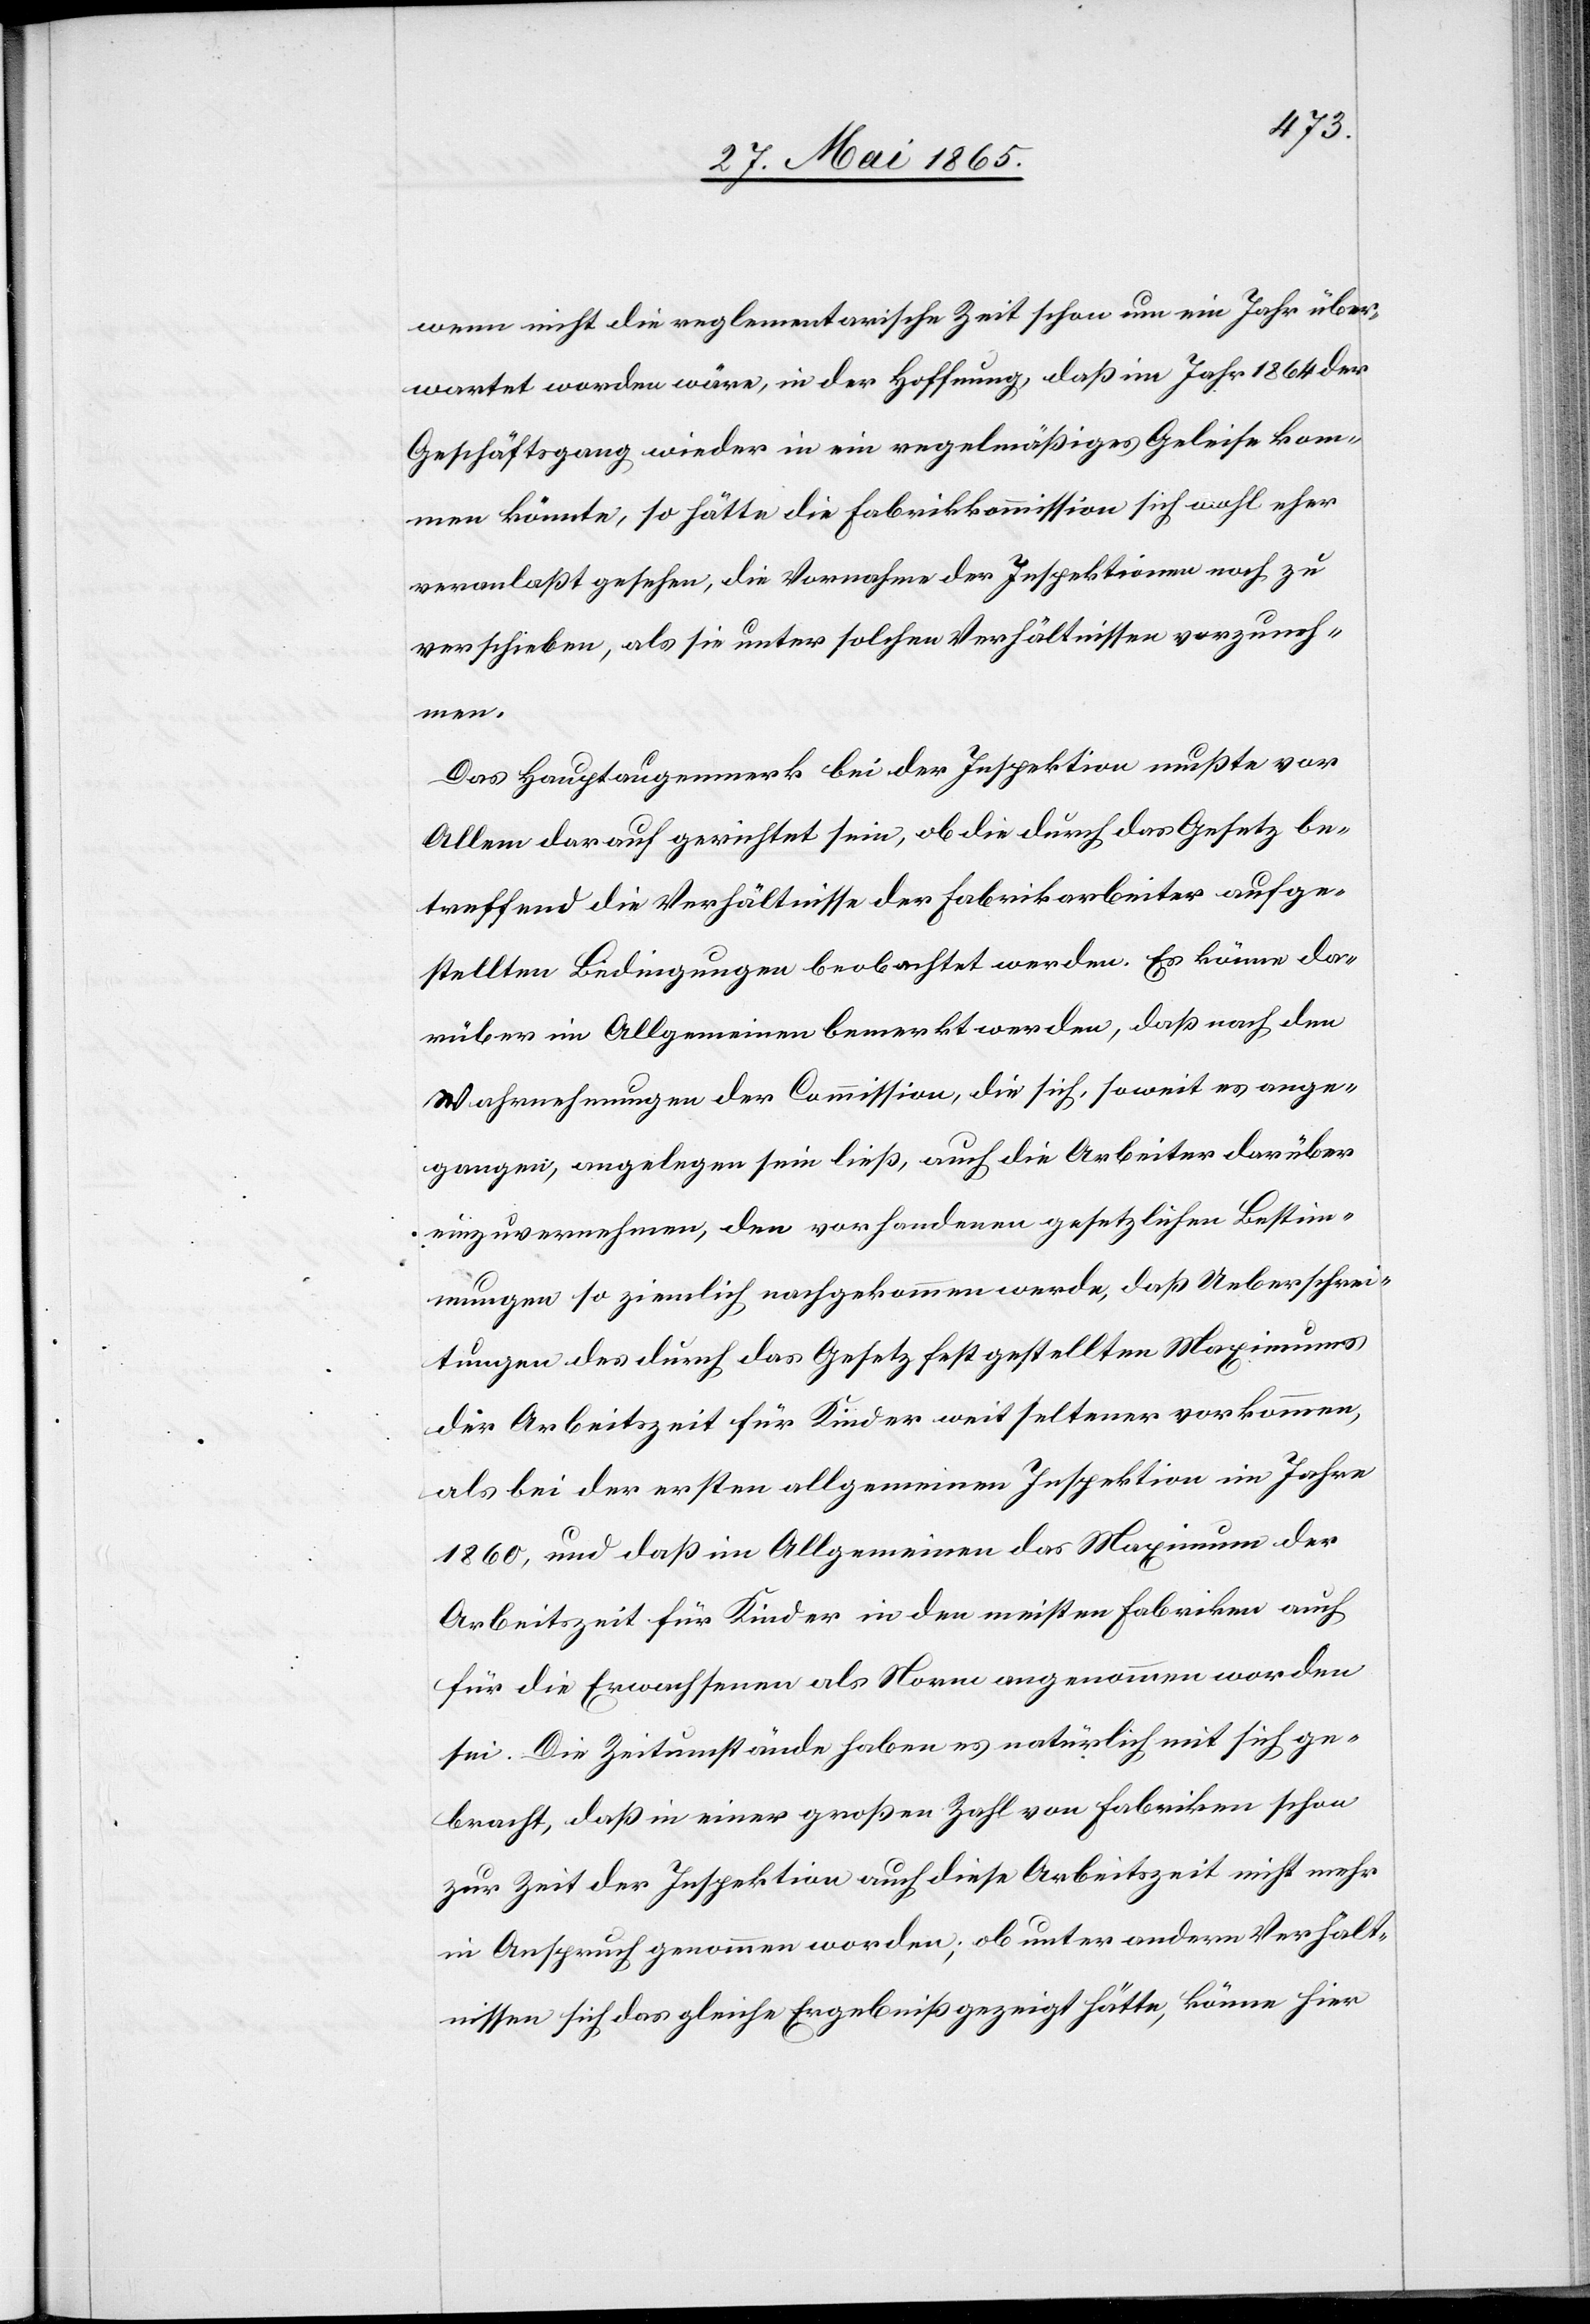
wenn nicht die reglementarische Zeit schon um ein Jahr über¬
wartet worden wäre, in der Hoffnung, daß im Jahr 1864 der
Geschäftsgang wieder in ein regelmäßiges Geleise kom¬
men könnte, so hätte die Fabrikkommission sich wohl eher
veranlaßt gesehen, die Vornahme der Inspektionen noch zu
verschieben, als sie unter solchen Verhältnissen vorzuneh¬
men.
Das Hauptaugenmerk bei der Inspektion mußte vor
Allem darauf gerichtet sein, ob die durch das Gesetz be¬
treffend die Verhältnisse der Fabrikarbeiter aufge¬
stellten Bedingungen beobachtet werden. Es könne da¬
rüber im Allgemeinen bemerkt werden, daß nach den
Wahrnehmungen der Commission, die sich, soweit es ange¬
gangen, angelegen sein ließ, auch die Arbeiter darüber
einzuvernehmen, den vorhandenen gesetzlichen Bestim¬
mungen so ziemlich nachgekommen werde, daß Ueberschrei¬
tungen des durch das Gesetz festgestellten Maximums
der Arbeitszeit für Kinder weit seltener vorkommen,
als bei der ersten allgemeinen Inspektion im Jahre
1860, und daß im Allgemeinen das Maximum der
Arbeitszeit für Kinder in den meisten Fabriken auch
für die Erwachsenen als Norm angenommen worden
sei. Die Zeitumstände haben es natürlich mit sich ge¬
bracht, daß in einer großen Zahl von Fabriken schon
zur Zeit der Inspektion auch diese Arbeitszeit nicht mehr
in Anspruch genommen worden; ob unter andern Verhalt¬
nissen sich das gleiche Ergebniß gezeigt hätte, könne hier